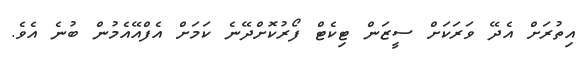
އިތުރަށް އެދޭ ވަރަކަށް ސީޒަން ޓިކެޓް ފޯރުކޮށްދޭނެ ކަމަށް އެފްއޭއެމުން ބުނެ އެވެ.